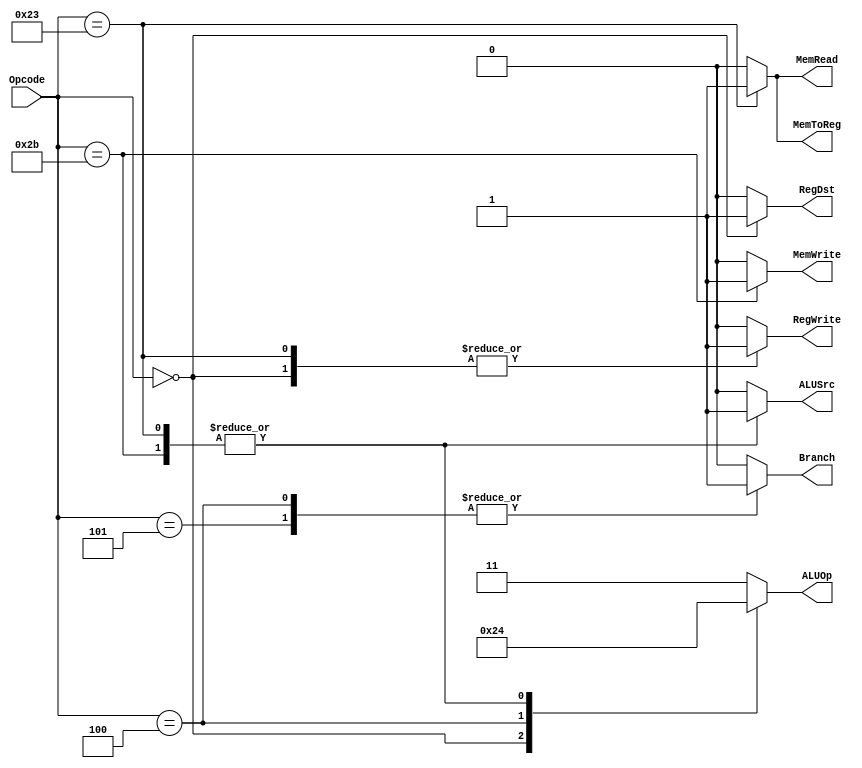
module Control_5 (
    input wire [5:0] Opcode,
    output reg RegWrite,
    output reg RegDst,
    output reg MemRead,
    output reg MemWrite,
    output reg MemToReg,
    output reg Branch,
    output reg ALUSrc,
    output reg [1:0] ALUOp
    );
    always @ (Opcode) begin
        case(Opcode)
             0 : begin
                    RegDst = 1'b1;
                    Branch = 1'b0;
                    MemRead = 1'b0;
                    MemToReg = 1'b0;
                    ALUOp = 2'b10;
                    MemWrite = 1'b0;
                    ALUSrc = 1'b0;
                    RegWrite = 1'b1;
            end
             4 : begin
                    RegDst = 1'b0;
                    Branch = 1'b1;
                    MemRead = 1'b0;
                    MemToReg = 1'b0;
                    ALUOp = 2'b01;
                    MemWrite = 1'b0;
                    ALUSrc = 1'b0;
                    RegWrite = 1'b0;
            end
             5 : begin
                    RegDst = 1'b0;
                    Branch = 1'b1;
                    MemRead = 1'b0;
                    MemToReg = 1'b0;
                    ALUOp = 2'b11;
                    MemWrite = 1'b0;
                    ALUSrc = 1'b0;
                    RegWrite = 1'b0;
            end
            35 : begin
                    RegDst = 1'b0;
                    Branch = 1'b0;
                    MemRead = 1'b1;
                    MemToReg = 1'b1;
                    ALUOp = 2'b00;
                    MemWrite = 1'b0;
                    ALUSrc = 1'b1;
                    RegWrite = 1'b1;
            end
            43 : begin
                    RegDst = 1'b0;
                    Branch = 1'b0;
                    MemRead = 1'b0;
                    MemToReg = 1'b0;
                    ALUOp = 2'b00;
                    MemWrite = 1'b1;
                    ALUSrc = 1'b1;
                    RegWrite = 1'b0;
            end
            default : begin
                    RegDst = 1'b0;
                    Branch = 1'b0;
                    MemRead = 1'b0;
                    MemToReg = 1'b0;
                    ALUOp = 2'b11;
                    MemWrite = 1'b0;
                    ALUSrc = 1'b0;
                    RegWrite = 1'b0;
            end
        endcase
    end  
endmodule